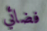
فضائي